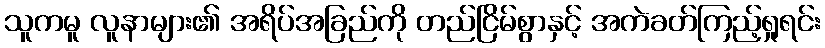
သူကမူ လူနာများ၏ အရိပ်အခြည်ကို တည်ငြိမ်စွာနှင့် အကဲခတ်ကြည့်ရှုရင်း